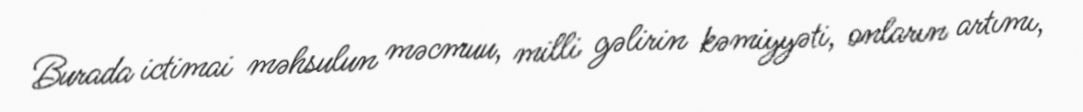
Burada ictimai məhsulun məcmuu, milli gəlirin kəmiyyəti, onların artımı,